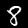
Digit: 8